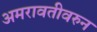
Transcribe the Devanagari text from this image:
अमरावतीवरुन